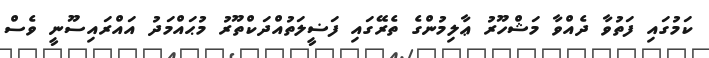
ކަމުގައި ފަތުވާ ދެއްވާ މަޝްހޫރު ޢާލިމުންގެ ތެރޭގައި ފަޟީލަތުއްދަކްތޫރު މުޙައްމަދު އައްރައިސޫނީ ވެސް